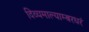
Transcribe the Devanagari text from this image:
दिव्यमाल्याम्बरधरं